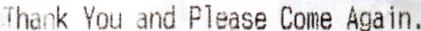
THANK YOU AND PLEASE COME AGAIN.